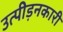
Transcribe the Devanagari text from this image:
उत्पीड़नकारी